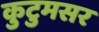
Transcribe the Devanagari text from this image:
कुटुमसर